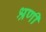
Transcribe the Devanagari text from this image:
श्रणी